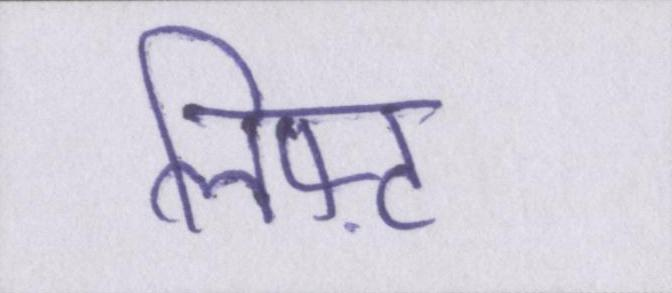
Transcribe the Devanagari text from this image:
लिफ़्ट